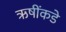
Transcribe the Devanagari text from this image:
ऋषींकडे